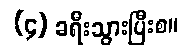
(၄) ခရီးသွားပြီးစ။